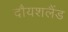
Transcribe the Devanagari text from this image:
दौयशलैंड